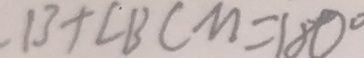
B + \angle B C M = 1 8 0 ^ { \circ }